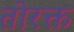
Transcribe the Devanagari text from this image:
तोरक्त